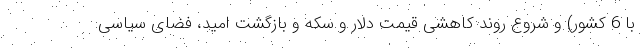
با 6 کشور) و شروع روند کاهشی قیمت دلار و سکه و بازگشت امید، فضای سیاسی